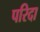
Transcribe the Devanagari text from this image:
परिदा